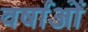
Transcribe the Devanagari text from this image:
वर्षाओं